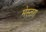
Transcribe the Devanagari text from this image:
मेस्तरा